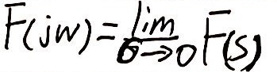
\[
F(j\omega)=\lim_{\sigma \to 0}F(s)
\]